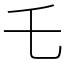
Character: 乇